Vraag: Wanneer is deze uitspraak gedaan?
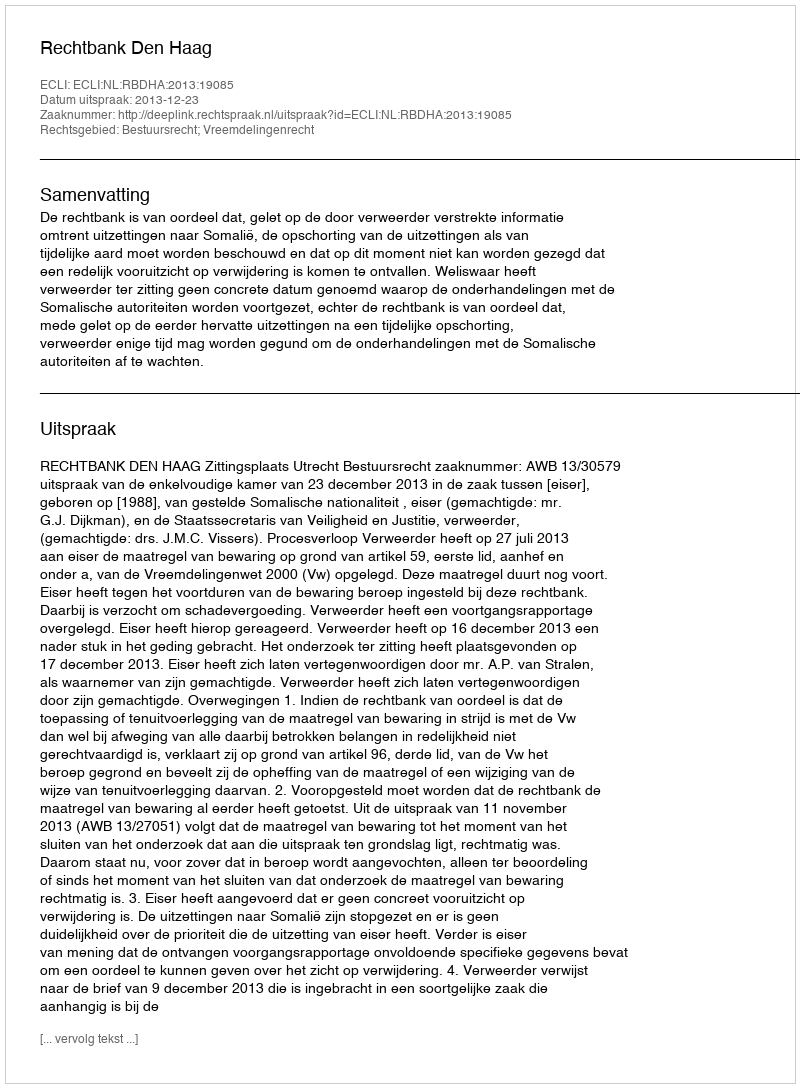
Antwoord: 2013-12-23